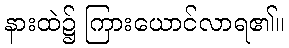
နားထဲ၌ ကြားယောင်လာရ၏။